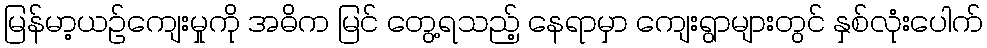
မြန်မာ့ယဉ်ကျေးမှုကို အဓိက မြင် တွေ့ရသည့် နေရာမှာ ကျေးရွာများတွင် နှစ်လုံးပေါက်